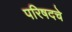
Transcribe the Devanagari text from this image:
परिषदचे